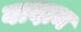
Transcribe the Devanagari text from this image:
वादाम